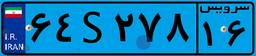
۶۴S۲۷۸۱۶